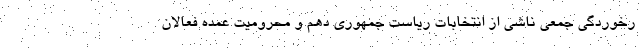
رخوردگی جمعی ناشی از انتخابات ریاست جمهوری دهم و محرومیت عمده فعالان